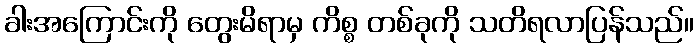
ခါးအကြောင်းကို တွေးမိရာမှ ကိစ္စ တစ်ခုကို သတိရလာပြန်သည်။